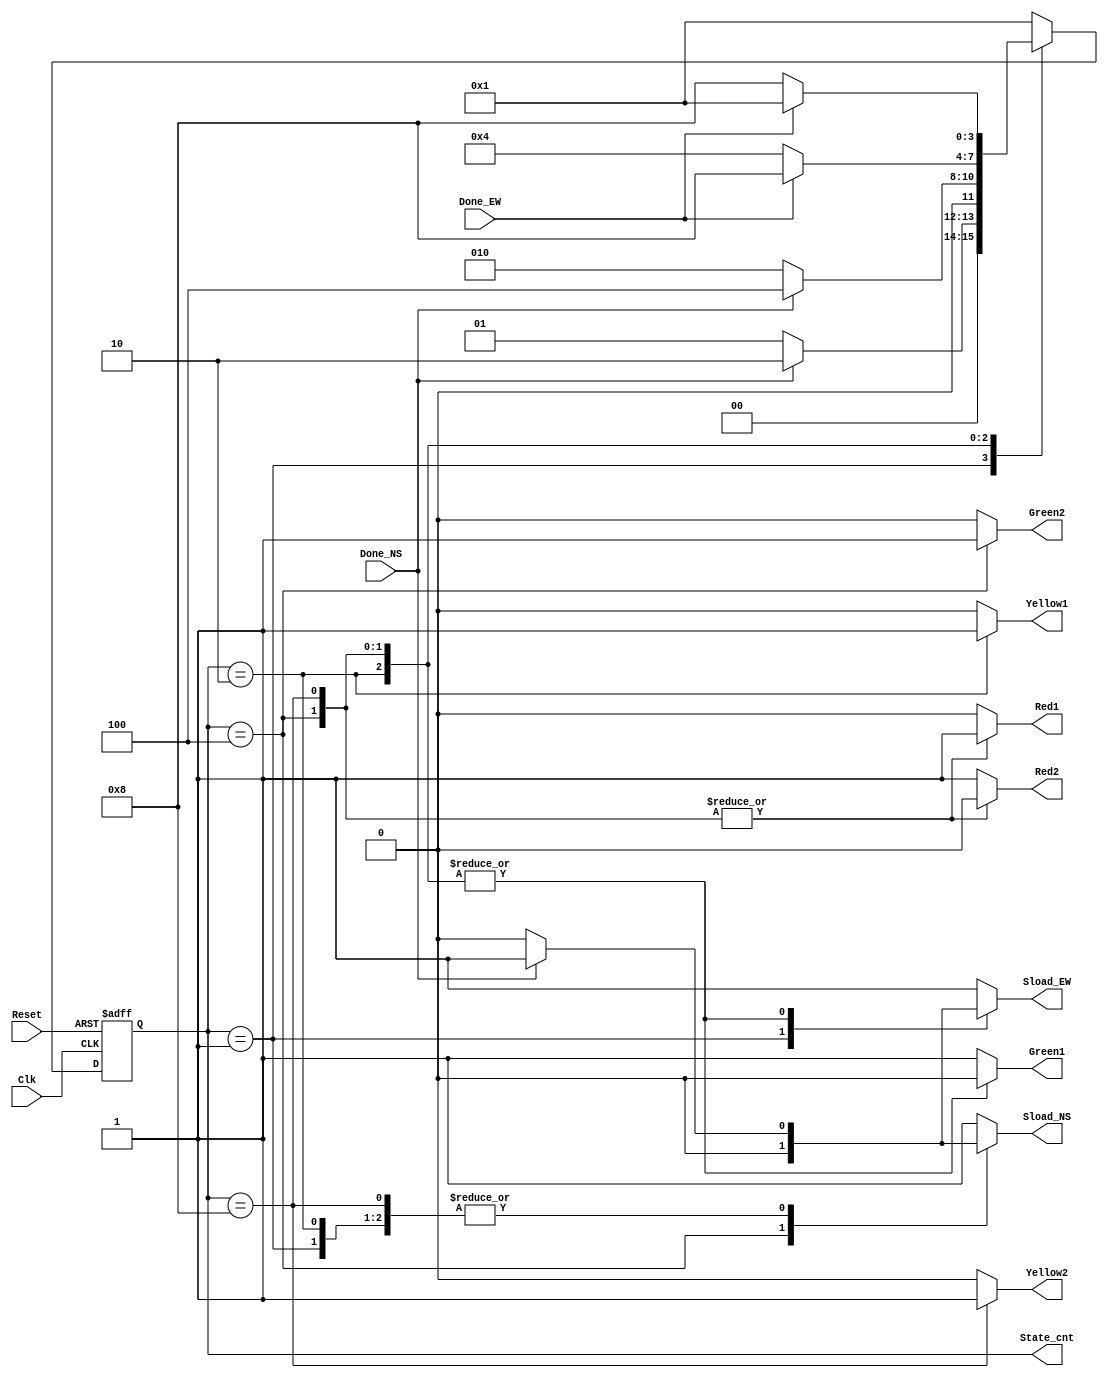
// traffic_control.v
module trattic_control(Clk,Reset,Done_NS,Done_EW,Red1,Yellow1,Green1,Red2,Yellow2,Green2,Sload_NS,Sload_EW,State_cnt);
input Clk,Reset;
input Done_NS,Done_EW;
output Red1,Yellow1,Green1,Red2,Yellow2,Green2;
output Sload_NS,Sload_EW;
output[3:0]State_cnt;

//Define the states
parameter S0=4'b0001,S1=4'b0010,S2=4'b0100,S3=4'b1000;
reg[3:0]current_state,next_state;
reg Red1,Yellow1,Green1,Red2,Yellow2,Green2;
reg Sload_NS,Sload_EW;
assign State_cnt=current_state;

//state update
always@(posedge Clk or posedge Reset)
begin
 if(Reset)
  current_state<=S0;
 else
  current_state<=next_state;
end

//Calculate the next state and the outputs
always@(current_state or Done_NS or Done_EW)
begin:fsmtr
 case(current_state)
  S0:
   begin
    if(Done_NS)next_state<=S1;
    else next_state<=S0;
   end
  S1:
   begin
    if(Done_NS)next_state<=S2;
    else next_state<=S1;
   end
  S2:
   begin
    if(Done_EW)next_state<=S3;
    else next_state<=S2;
   end
  S3:
   begin
    if(Done_EW)next_state<=S0;
    else next_state<=S3;
   end
  default:next_state<=S0;
 endcase
end
always@(*)
 begin
  Sload_NS<=1'b0;
  Sload_EW<=1'b0;
  case(current_state)
   S0:begin
    Green1<=1'b1;Yellow1<=1'b0;Red1<=1'b0;
    Green2<=1'b0;Yellow2<=1'b0;Red2<=1'b1;
    if(Done_NS)
     begin
      Sload_NS<=1'b1;
     end
    end
   S1:begin
    Green1<=1'b0;Yellow1<=1'b1;Red1<=1'b0;
    Green2<=1'b0;Yellow2<=1'b0;Red2<=1'b1;
    if(Done_NS)
     begin
      Sload_NS<=1'b1;
      Sload_EW<=1'b1;
     end
    end
   S2:begin
    Green1<=1'b0;Yellow1<=1'b0;Red1<=1'b1;
    Green2<=1'b1;Yellow2<=1'b0;Red2<=1'b0;
    if(Done_NS)
     begin
      Sload_EW<=1'b1;
     end
    end
   S3:begin
    Green1<=1'b0;Yellow1<=1'b0;Red1<=1'b1;
    Green2<=1'b0;Yellow2<=1'b1;Red2<=1'b0;
    if(Done_NS)
     begin
      Sload_NS<=1'b1;
      Sload_EW<=1'b1;
     end
    end
   default:
    begin
     Green1<=1'b1;Yellow1<=1'b0;Red1<=1'b0;
     Green2<=1'b0;Yellow2<=1'b0;Red2<=1'b1;
     Sload_NS<=1'b1;
     Sload_EW<=1'b1;
     end
  endcase
 end
endmodule